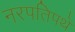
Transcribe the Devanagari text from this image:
नरपतिपथे